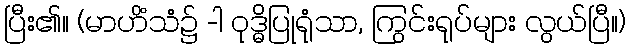
ပြီး၏။ (မာဟိံသံ၌ -ါ ဝုဒ္ဓိပြုရုံသာ, ကြွင်းရုပ်များ လွယ်ပြီ။)